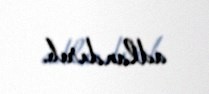
adlandırıb.